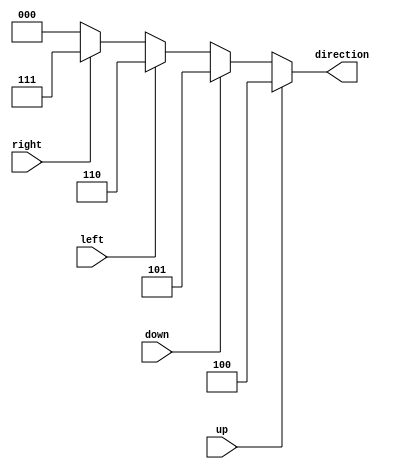
module get_direction(up,down,left,right,direction);
	input up,down,left,right;
	output reg [2:0] direction;
	always @(*)
		begin
			if(up)
				direction = 3'b100;
			else if(down)
				direction = 3'b101;
			else if(left)
				direction = 3'b110;
			else if(right)
				direction = 3'b111;
			else
				direction = 3'b000;
		end
endmodule